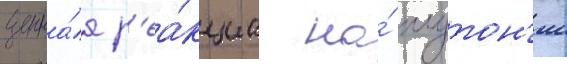
цепна́я р'еа́кциа на́ плутон'ии